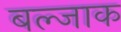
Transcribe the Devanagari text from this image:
बल्जाक